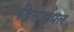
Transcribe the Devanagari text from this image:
डिसाईपल